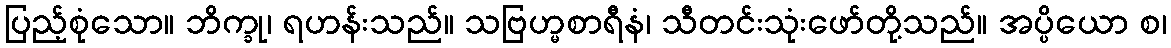
ပြည့်စုံသော။ ဘိက္ခု၊ ရဟန်းသည်။ သဗြဟ္မစာရီနံ၊ သီတင်းသုံးဖော်တို့သည်။ အပ္ပိယော စ၊